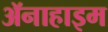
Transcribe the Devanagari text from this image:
ॲनाहाइम